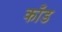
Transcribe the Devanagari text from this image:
काँड